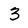
Character: 3